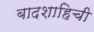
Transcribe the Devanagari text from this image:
बादशाहिची